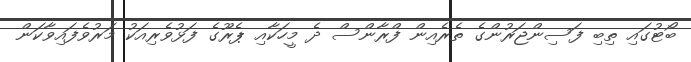
ބޯޓުގައި ތިބި ފަސިންޖަރުންގެ ތެރެއިން ފްރާންސް ދެ މީހަކާއި ޕެރޫގެ ފަޅުވެރިއަކު މަރުވެފައިވާކަން